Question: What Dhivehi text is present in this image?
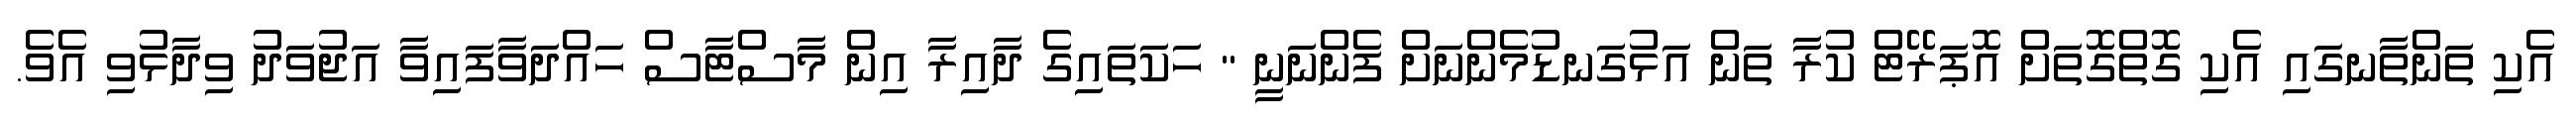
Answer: އެކި ތަންތާނގައި އެކި ގޮތްގޮތަށް އޮޕަރޭޓް ކުރާ ތަން އަޅުގަނޑުމެންނަށް ފެންނަނީ " ހަކަތައިގެ ދާއިރާ އިން މާސްޓާސް ހައްދަވާފައިވާ އަޖުވަދު ވިދާޅުވި އެވެ.